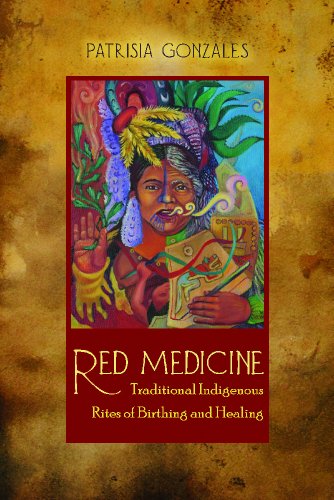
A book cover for Red Medicine: Traditional Indigenous Rites of Birthing and Healing (First Peoples: New Directions in Indigenous Studies); Patrisia Gonzales; Religion & Spirituality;